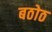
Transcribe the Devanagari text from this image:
बठोठ